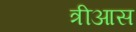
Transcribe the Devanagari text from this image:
त्रीआस